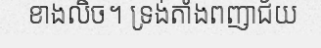
ខាងលិច។ ទ្រង់តាំងពញាជ័យ